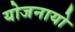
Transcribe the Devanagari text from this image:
योजनायो